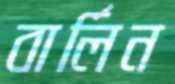
বার্লিন